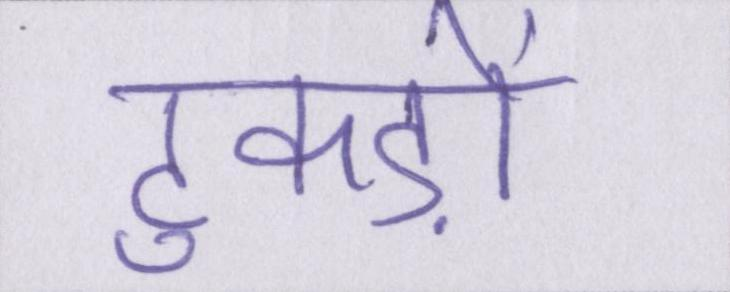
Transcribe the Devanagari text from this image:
टुकड़ों